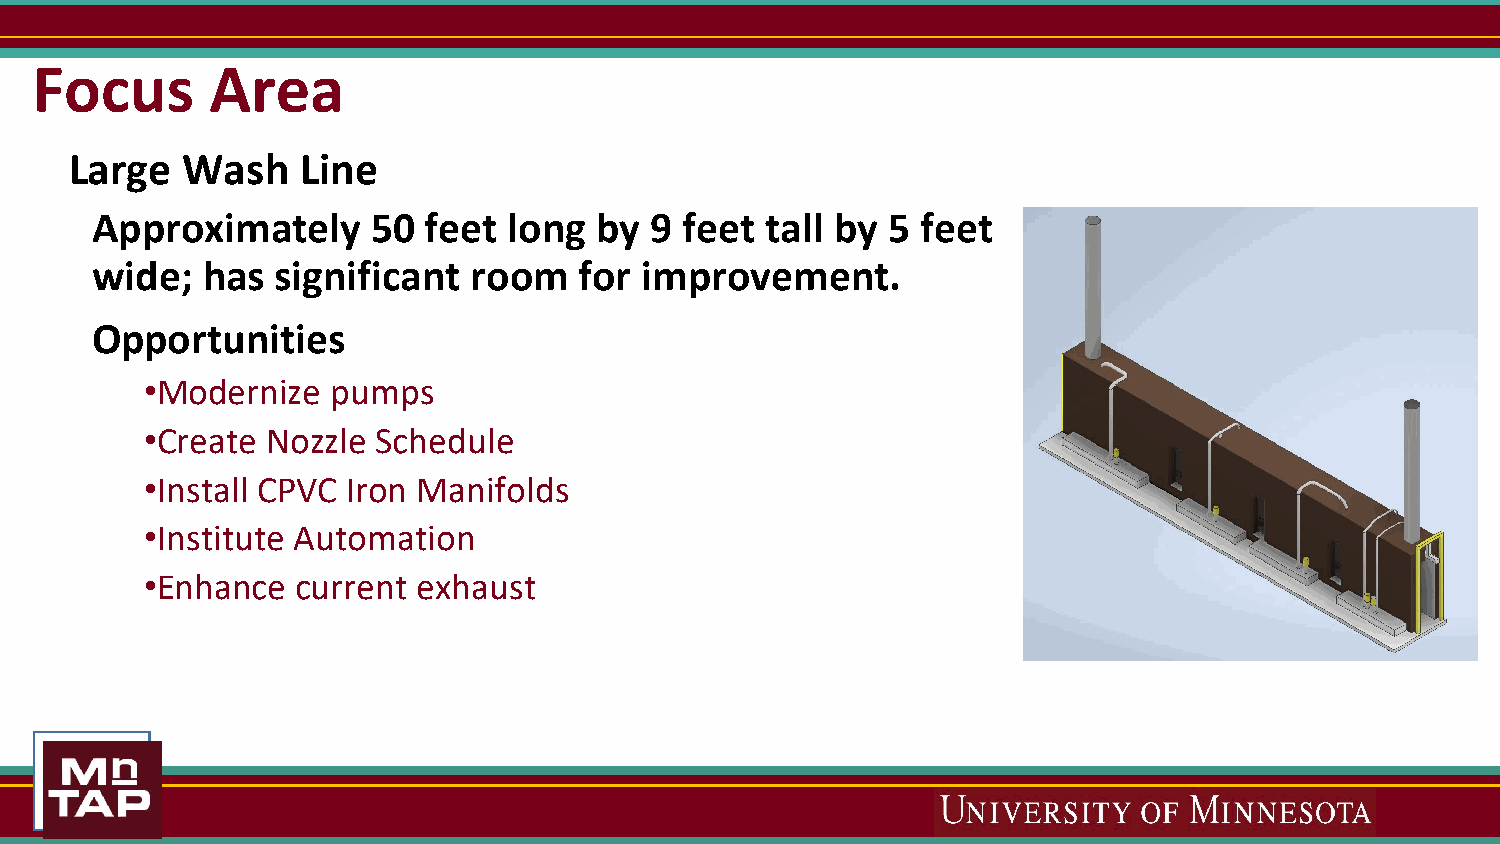
Focus       Area
 Large  Wash    Line
 Approximately      50 feet  long by  9 feet  tall by 5 feet
 wide;  has  significant  room   for improvement.
 Opportunities
 •Modernize  pumps
 •Create Nozzle Schedule
 •Install CPVC Iron Manifolds
 •Institute Automation
 •Enhance  current exhaust